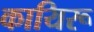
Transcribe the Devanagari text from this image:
कायिरू